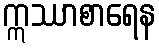
ဣဿာစာရေန